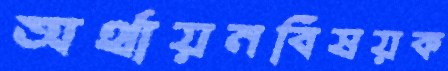
অর্থায়নবিষয়ক